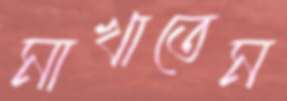
মাখাতেম